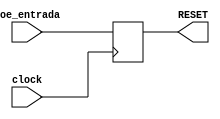

module conduitToReset(
	input clock,
	input coe_entrada,
	output reg RESET
);

always @ (posedge clock)
begin
	RESET = coe_entrada;
end
	
endmodule